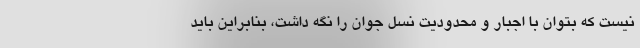
نیست که بتوان با اجبار و محدودیت نسل جوان را نگه داشت، بنابراین باید